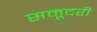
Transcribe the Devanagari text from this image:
समूदरी